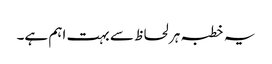
یہ خطبہ ہر لحاظ سے بہت اہم ہے۔